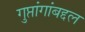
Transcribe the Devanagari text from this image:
गुप्तांगांबद्दल